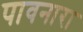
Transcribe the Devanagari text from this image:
पावनारा